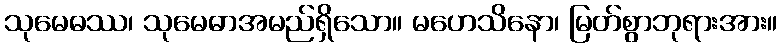
သုမေဓဿ၊ သုမေဓာအမည်ရှိသော။ မဟေသိနော၊ မြတ်စွာဘုရားအား။